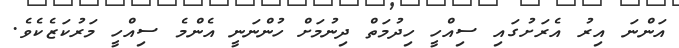
އަންނަ އިރު އެރަށުގައި ސިއްހީ ހިދުމަތް ދިނުމަށް ހުންނަނީ އެންމެ ސިއްހީ މަރުކަޒެކެވެ.